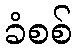
ခံစစ်